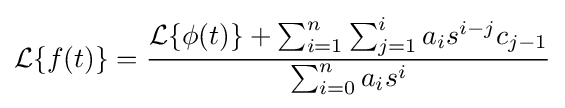
{\mathcal {L}}\{f(t)\}={\frac {{\mathcal {L}}\{\phi (t)\}+\sum _{i=1}^{n}\sum _{j=1}^{i}a_{i}s^{i-j}c_{j-1}}{\sum _{i=0}^{n}a_{i}s^{i}}}